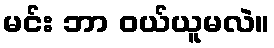
မင်း ဘာ ဝယ်ယူမလဲ။